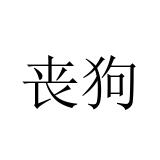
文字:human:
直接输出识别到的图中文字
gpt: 丧狗